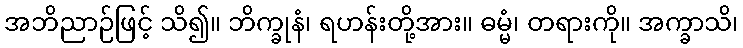
အဘိညာဉ်ဖြင့် သိ၍။ ဘိက္ခုနံ၊ ရဟန်းတို့အား။ ဓမ္မံ၊ တရားကို။ အက္ခာသိ၊